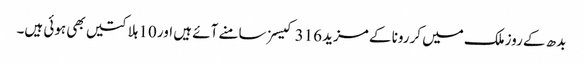
بدھ کے روزملک میں کررونا کے مزید 316 کیسز سامنے آئے ہیں اور 10 ہلاکتیں بھی ہوئی ہیں۔